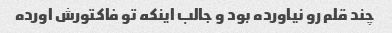
چند قلم رو نیاورده بود و جالب اینکه تو فاکتورش اورده